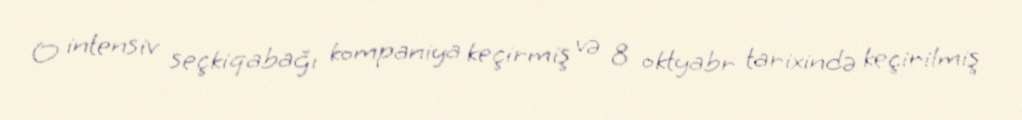
O intensiv seçkiqabağı kompaniya keçirmiş və 8 oktyabr tarixində keçirilmiş